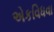
એકવિધવા